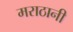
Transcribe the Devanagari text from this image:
मराठानी